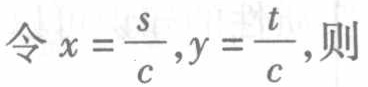
令\(x = \frac{s}{c},y = \frac{t}{c},\)则